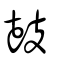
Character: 𡔷